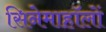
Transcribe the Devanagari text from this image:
सिनेमाहॉलों